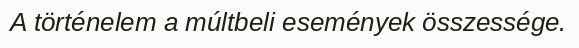
A történelem a múltbeli események összessége.